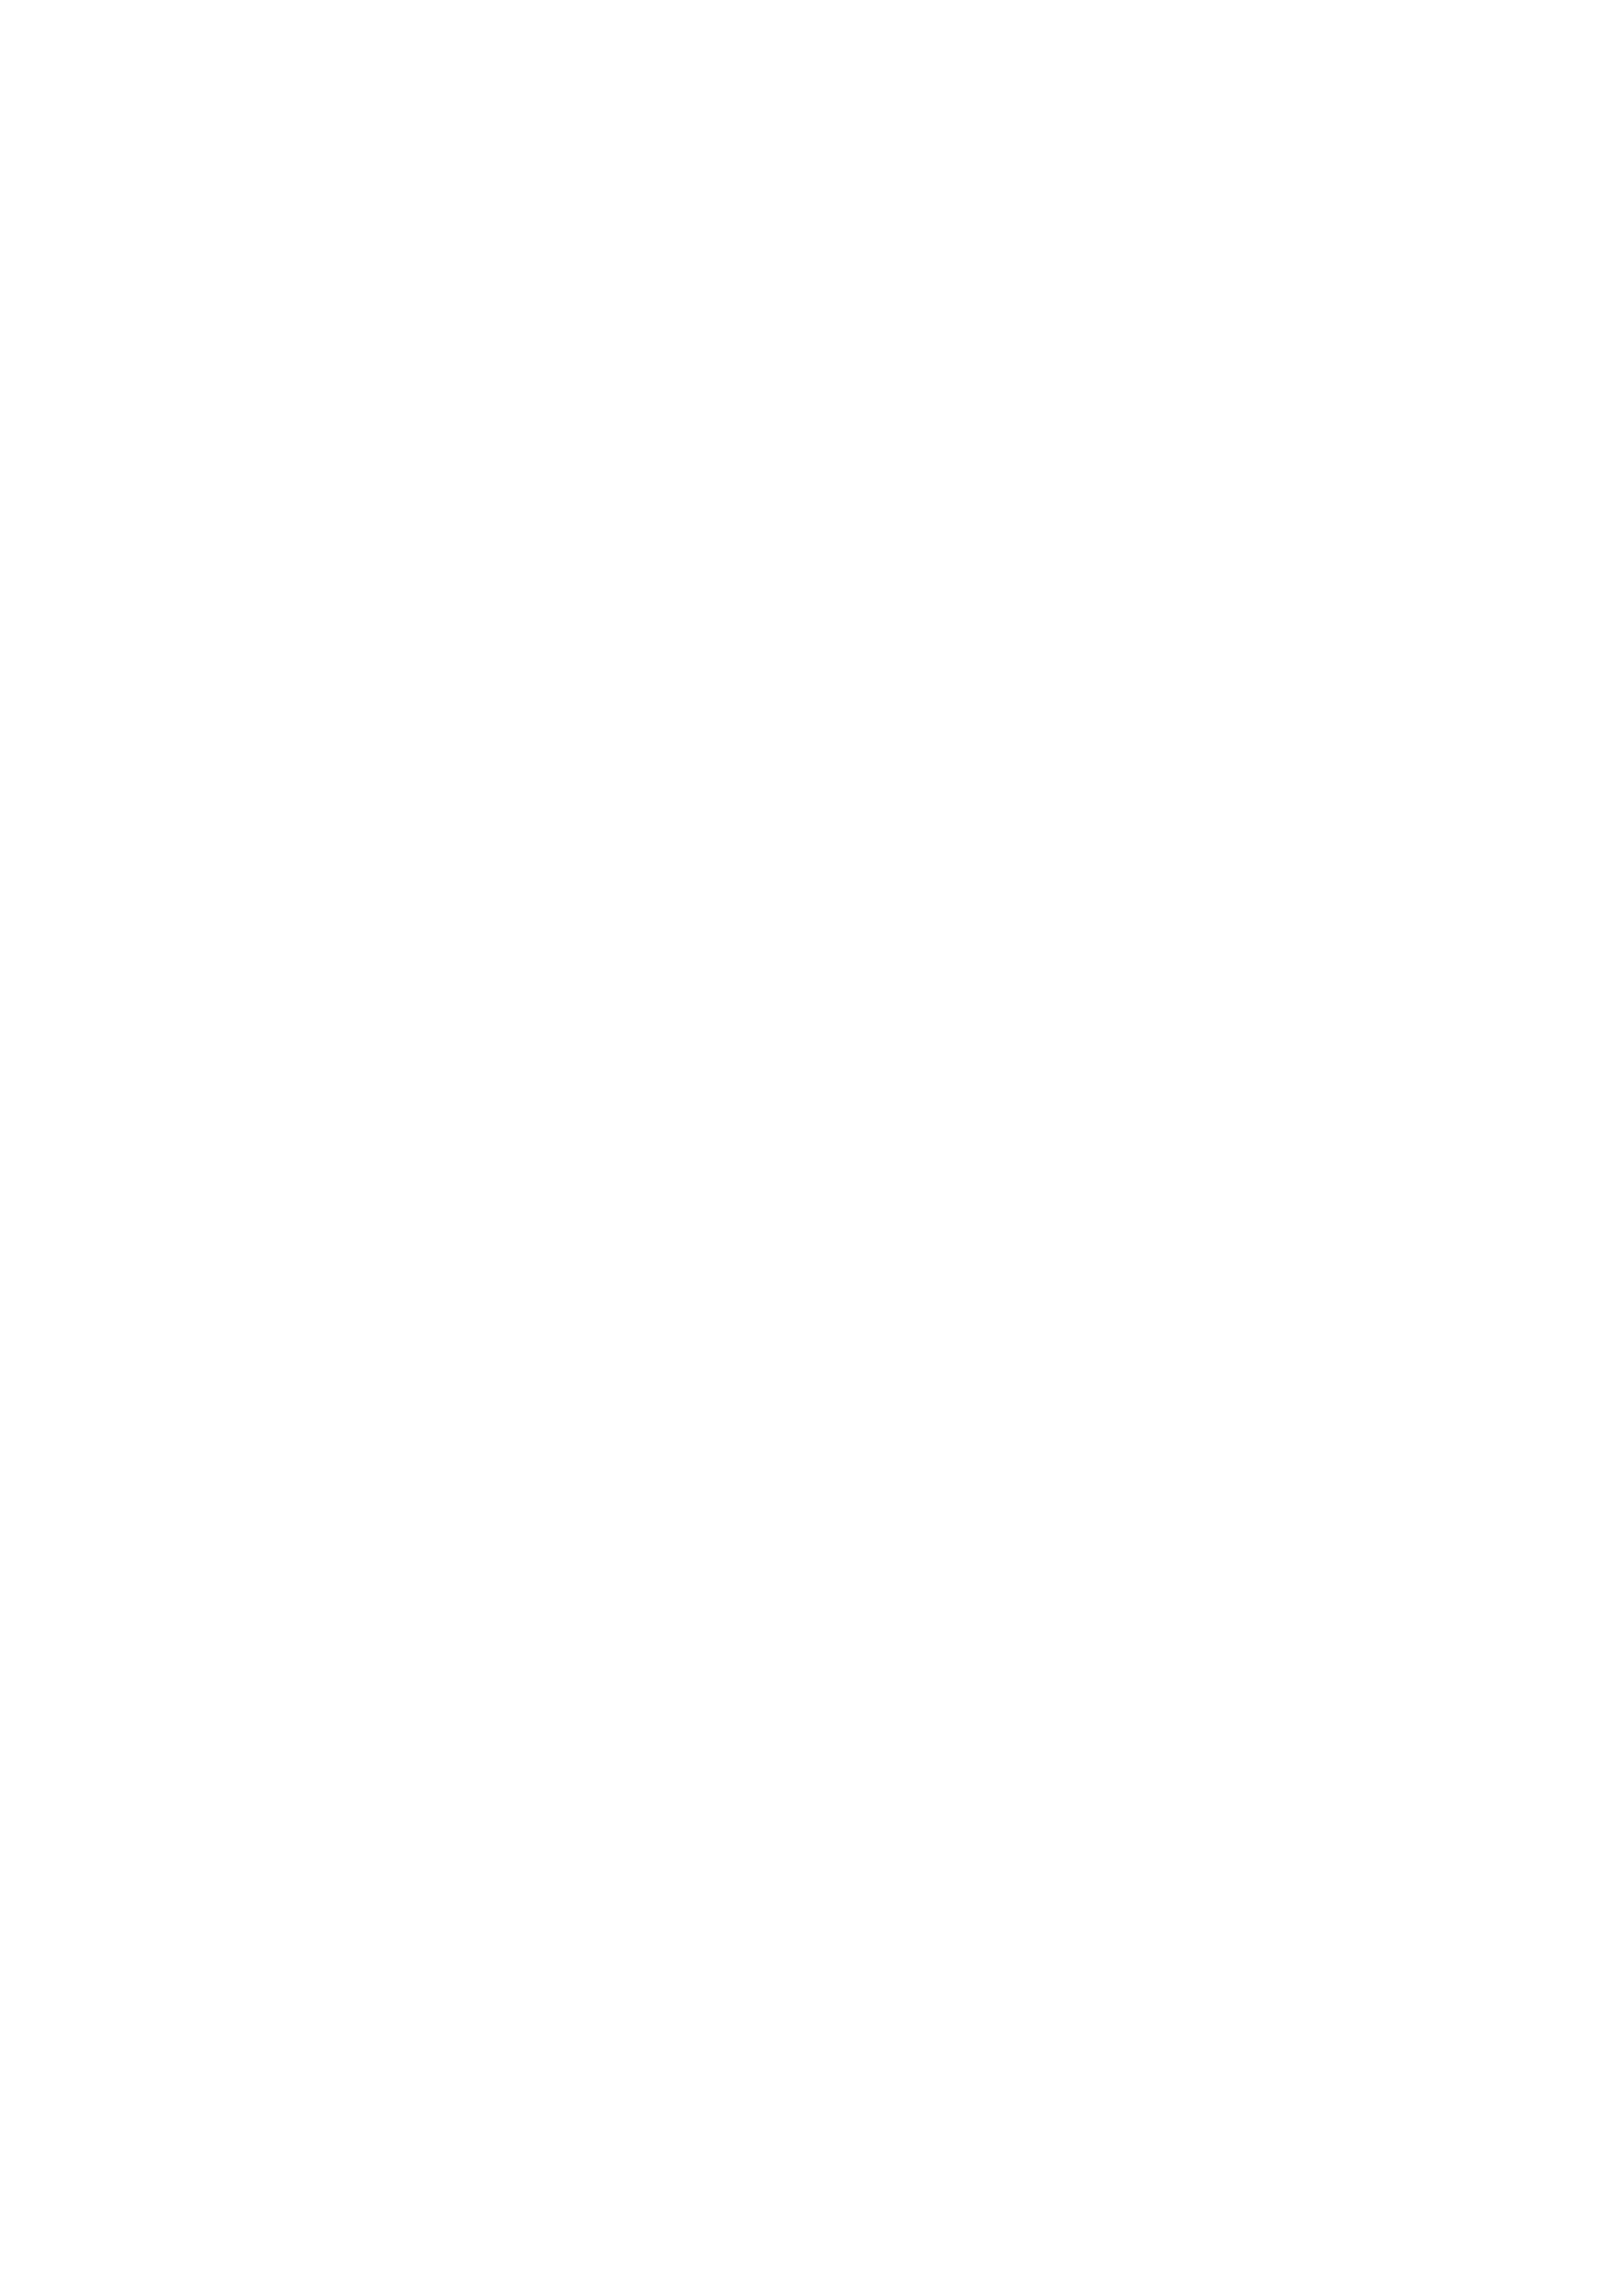
\vspace{30pt}\special{psfile=3-6.ps}